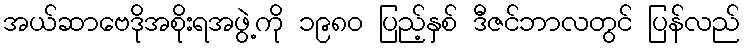
အယ်ဆာဗေဒိုအစိုးရအဖွဲ့ကို ၁၉၈၀ ပြည့်နှစ် ဒီဇင်ဘာလတွင် ပြန်လည်